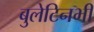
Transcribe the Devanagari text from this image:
बुलेटिनभी